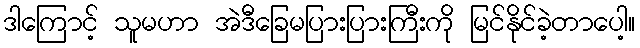
ဒါကြောင့် သူမဟာ အဲဒီခြေမပြားပြားကြီးကို မြင်နိုင်ခဲ့တာပေါ့။